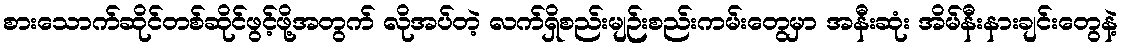
စားသောက်ဆိုင်တစ်ဆိုင်ဖွင့်ဖို့အတွက် လိုအပ်တဲ့ လက်ရှိစည်းမျဉ်းစည်းကမ်းတွေမှာ အနီးဆုံး အိမ်နီးနားချင်းတွေနဲ့